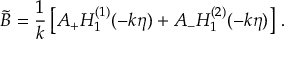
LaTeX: \widetilde { B } = { \frac { 1 } { k } } \left[ A _ { + } H _ { 1 } ^ { ( 1 ) } ( - k \eta ) + A _ { - } H _ { 1 } ^ { ( 2 ) } ( - k \eta ) \right] \, .